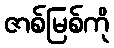
ဇာစ်မြစ်ကို